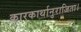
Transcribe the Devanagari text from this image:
कारकार्थानुराजिता।